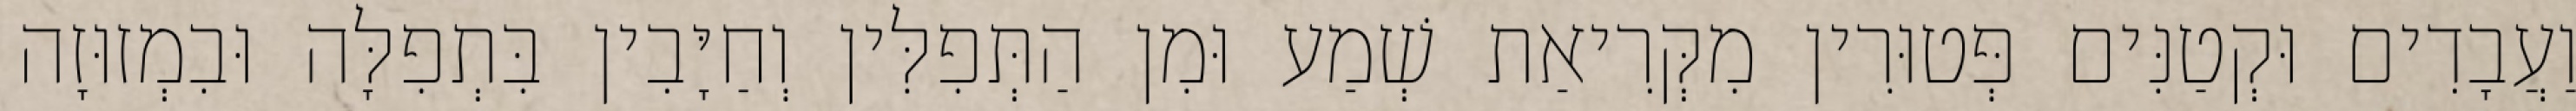
וַעֲבָדִים וּקְטַנִּים פְּטוּרִין מִקְּרִיאַת שְׁמַע וּמִן הַתְּפִלִּין וְחַיָּבִין בִּתְפִלָּה וּבִמְזוּזָה